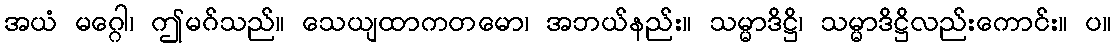
အယံ မဂ္ဂေါ၊ ဤမဂ်သည်။ သေယျထာကတမော၊ အဘယ်နည်း။ သမ္မာဒိဋ္ဌိ၊ သမ္မာဒိဋ္ဌိလည်းကောင်း။ ပ။